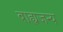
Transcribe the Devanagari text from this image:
बाह्यजन्य